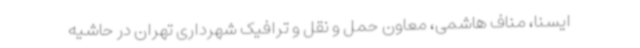
ایسنا، مناف هاشمی، معاون حمل و نقل و ترافیک شهرداری تهران در حاشیه